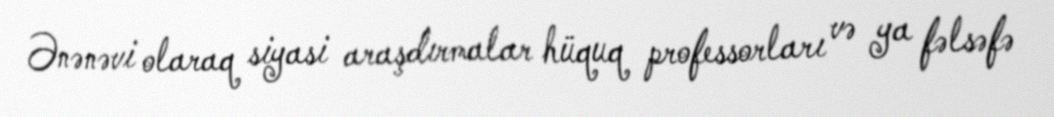
Ənənəvi olaraq siyasi araşdırmalar hüquq professorları və ya fəlsəfə